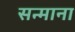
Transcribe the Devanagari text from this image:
सन्माना